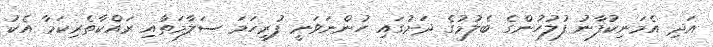
އަދި އެމަނިކުފާނު ފުލުހުންގެ ބެލުމުގެ ދަށުގައި ހުންނަވަނީ ފުރިހަމަ ސަލާމަތާއި ރައްކާތެރިކަމާ އެކު